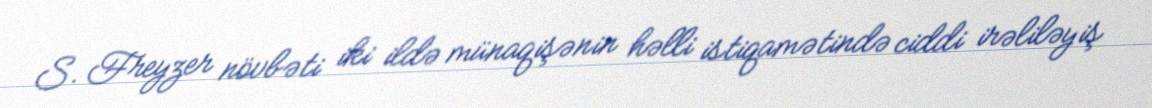
S. Freyzer növbəti iki ildə münaqişənin həlli istiqamətində ciddi irəliləyiş